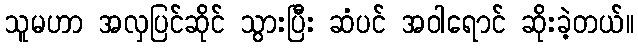
သူမဟာ အလှပြင်ဆိုင် သွားပြီး ဆံပင် အဝါရောင် ဆိုးခဲ့တယ်။